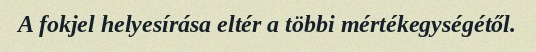
A fokjel helyesírása eltér a többi mértékegységétől.